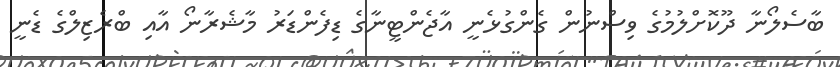
ބާސެލޯނާ ދޫކޮށްލުމުގެ ވިސްނުން ގެންގުޅެނީ އާޖެންޓީނާގެ ޑިފެންްޑަރު މާޝެރާނޯ އާއި ބްރެޒިލްގެ ޑެނީ